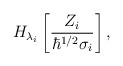
\begin{align*}H_{\lambda_{i}}\left[\frac{Z_{i}}{\hbar^{1/2}\sigma_{i}}\right],\end{align*}